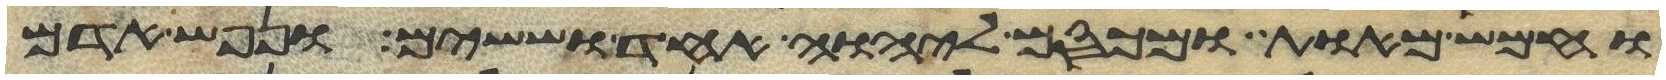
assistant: וחמש מאות ומכסם ליהוה אחד וששים ונפש אדם